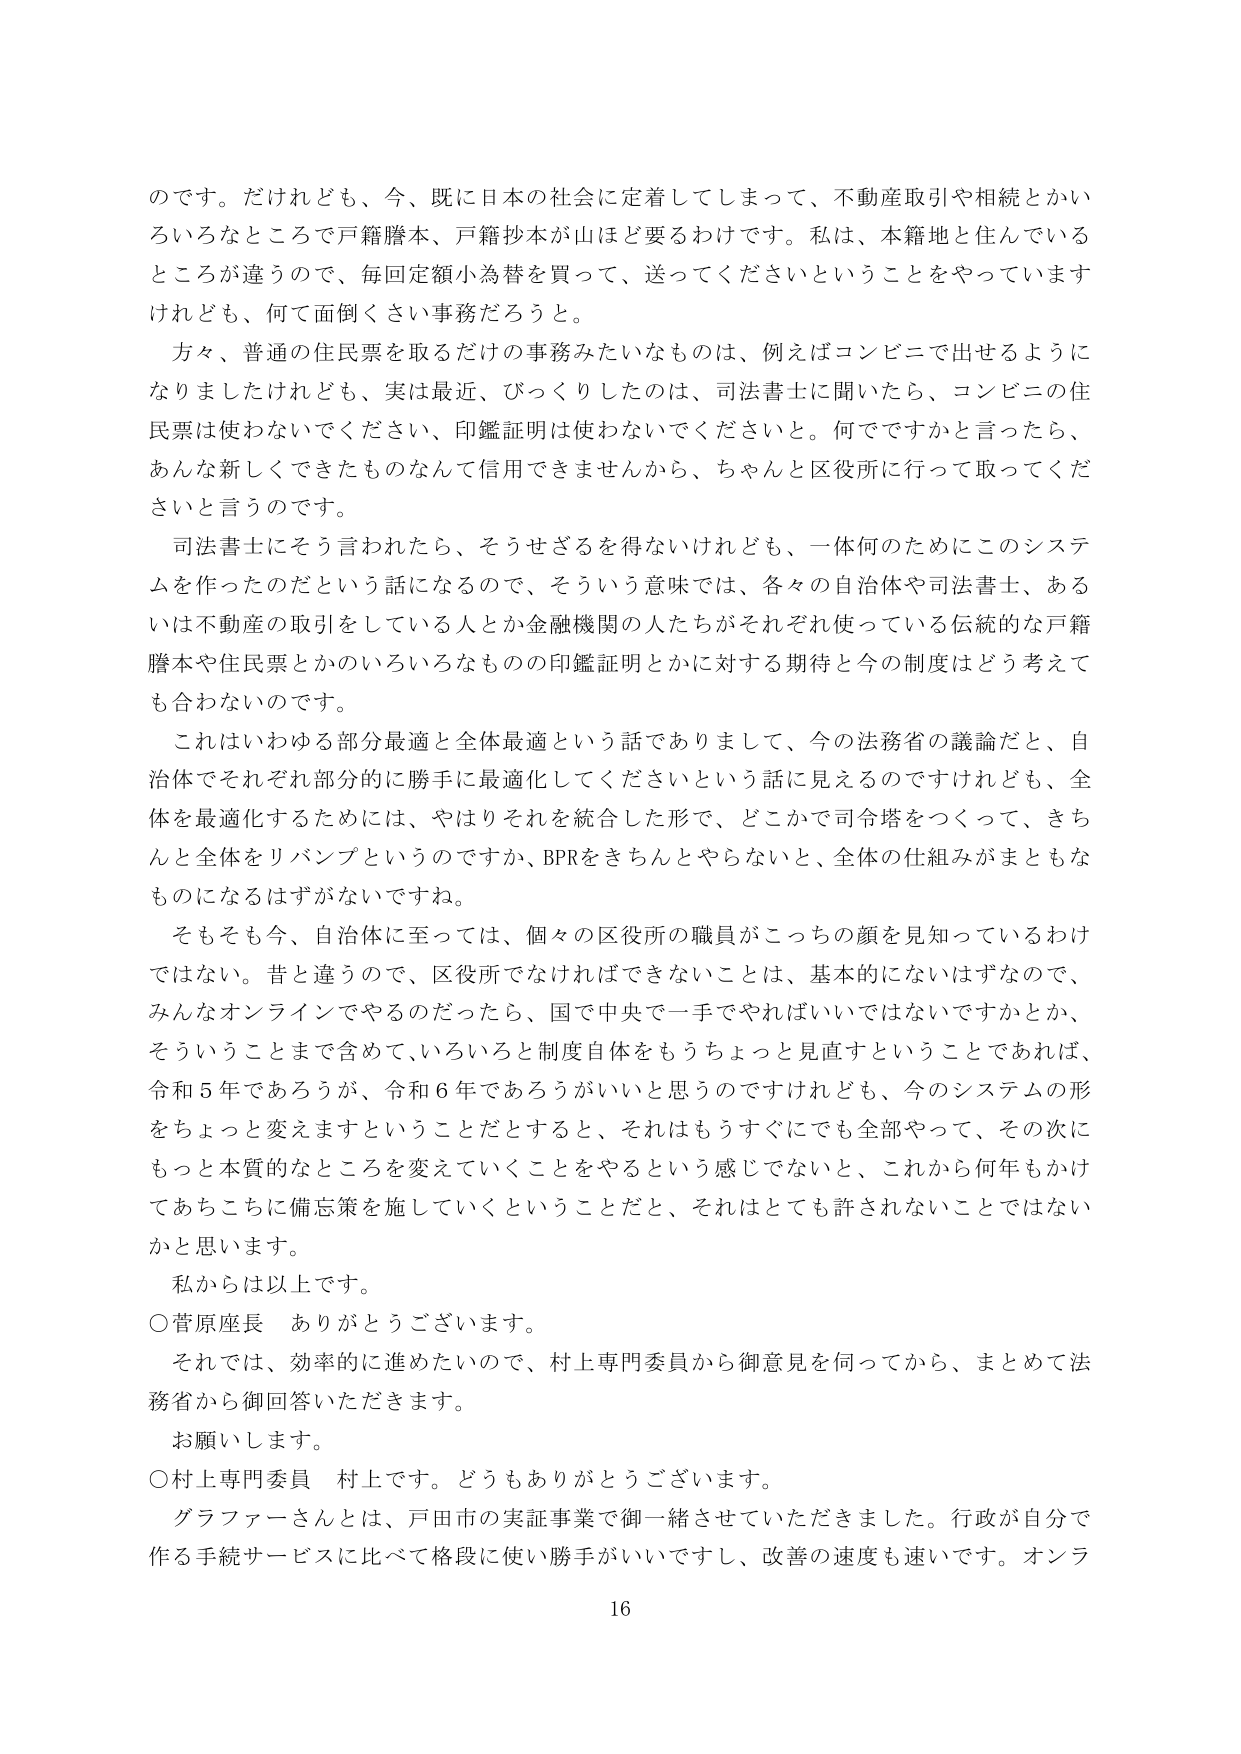
のです。だけれども、今、既に日本の社会に定着してしまって、不動産取引や相続とかいろいろなところで戸籍謄本、戸籍抄本が山ほど要るわけです。私は、本籍地と住んでいるところが違うので、毎回定額小為替を買って、送ってくださいということをやっていますけれども、何て面倒くさい事務だろうと。

方々、普通の住民票を取るだけの事務みたいなものは、例えばコンビニで出せるようになりましたけれども、実は最近、びっくりしたのは、司法書士に聞いたら、コンビニの住民票は使わないでください、印鑑証明は使わないでくださいと。何ですかと言ったら、あんな新しくできたものなんて信用できませんから、ちゃんと区役所に行って取ってくださいと言うのです。

司法書士にそう言われたら、そうせざるを得ないけれども、一体何のためにこのシステムを作ったのだという話になるので、そういう意味では、各々の自治体や司法書士、あるいは不動産の取引をしている人とか金融機関の人たちがそれぞれ使っている伝統的な戸籍謄本や住民票とかいろいろなもの の印鑑証明とかに対する期待と今の制度はどう考えて も合わないのです。

これはいわゆる部分最適と全体最適という話でありまして、今の法務省の議論だと、自治体でそれぞれ部分的に勝手に最適化してくださいという話に見えるのですけれども、全体を最適化するためには、やはりそれを統合した形で、どこかで司令塔をつくって、きちんと全体をリバンプというのですか、BPRをきちんとやらないと、全体の仕組みがまともなものになるはずがないですね。

そもそも今、自治体に至っては、個々の区役所の職員がこっちの顔を見知っているわけではない。昔と違うので、区役所でなければできないことは、基本的にははずなので、みんなオンラインでやるのだったら、国で中央で一手でやればいいではないですかとか、そういうことまで含めて、いろいろと制度自体をもうちょっと見直すということであれば、令和５年であろうが、令和６年であろうがいいと思うのですけれども、今のシステムの形をちょっと変えますということだとすると、それはもうすぐにでも全部やって、その次にもっと本質的なところを変えていくことをやるという感じでないと、これから何年もかけてあちこちに備忘策を施していくということだと、それはとても許されないことではないかと思います。

私からは以上です。

○菅原座長　ありがとうございます。

それでは、効率的に進めたいので、村上専門委員から御意見を伺ってから、まとめて法務省から御回答いただきます。

お願いします。

○村上専門委員　村上です。どうもありがとうございます。

グラファーさんとは、戸田市の実証事業で御一緒させていただきました。行政が自分で作る手続サービスに比べて格段に使い勝手がいいですし、改善の速度も速いです。オンラ

16